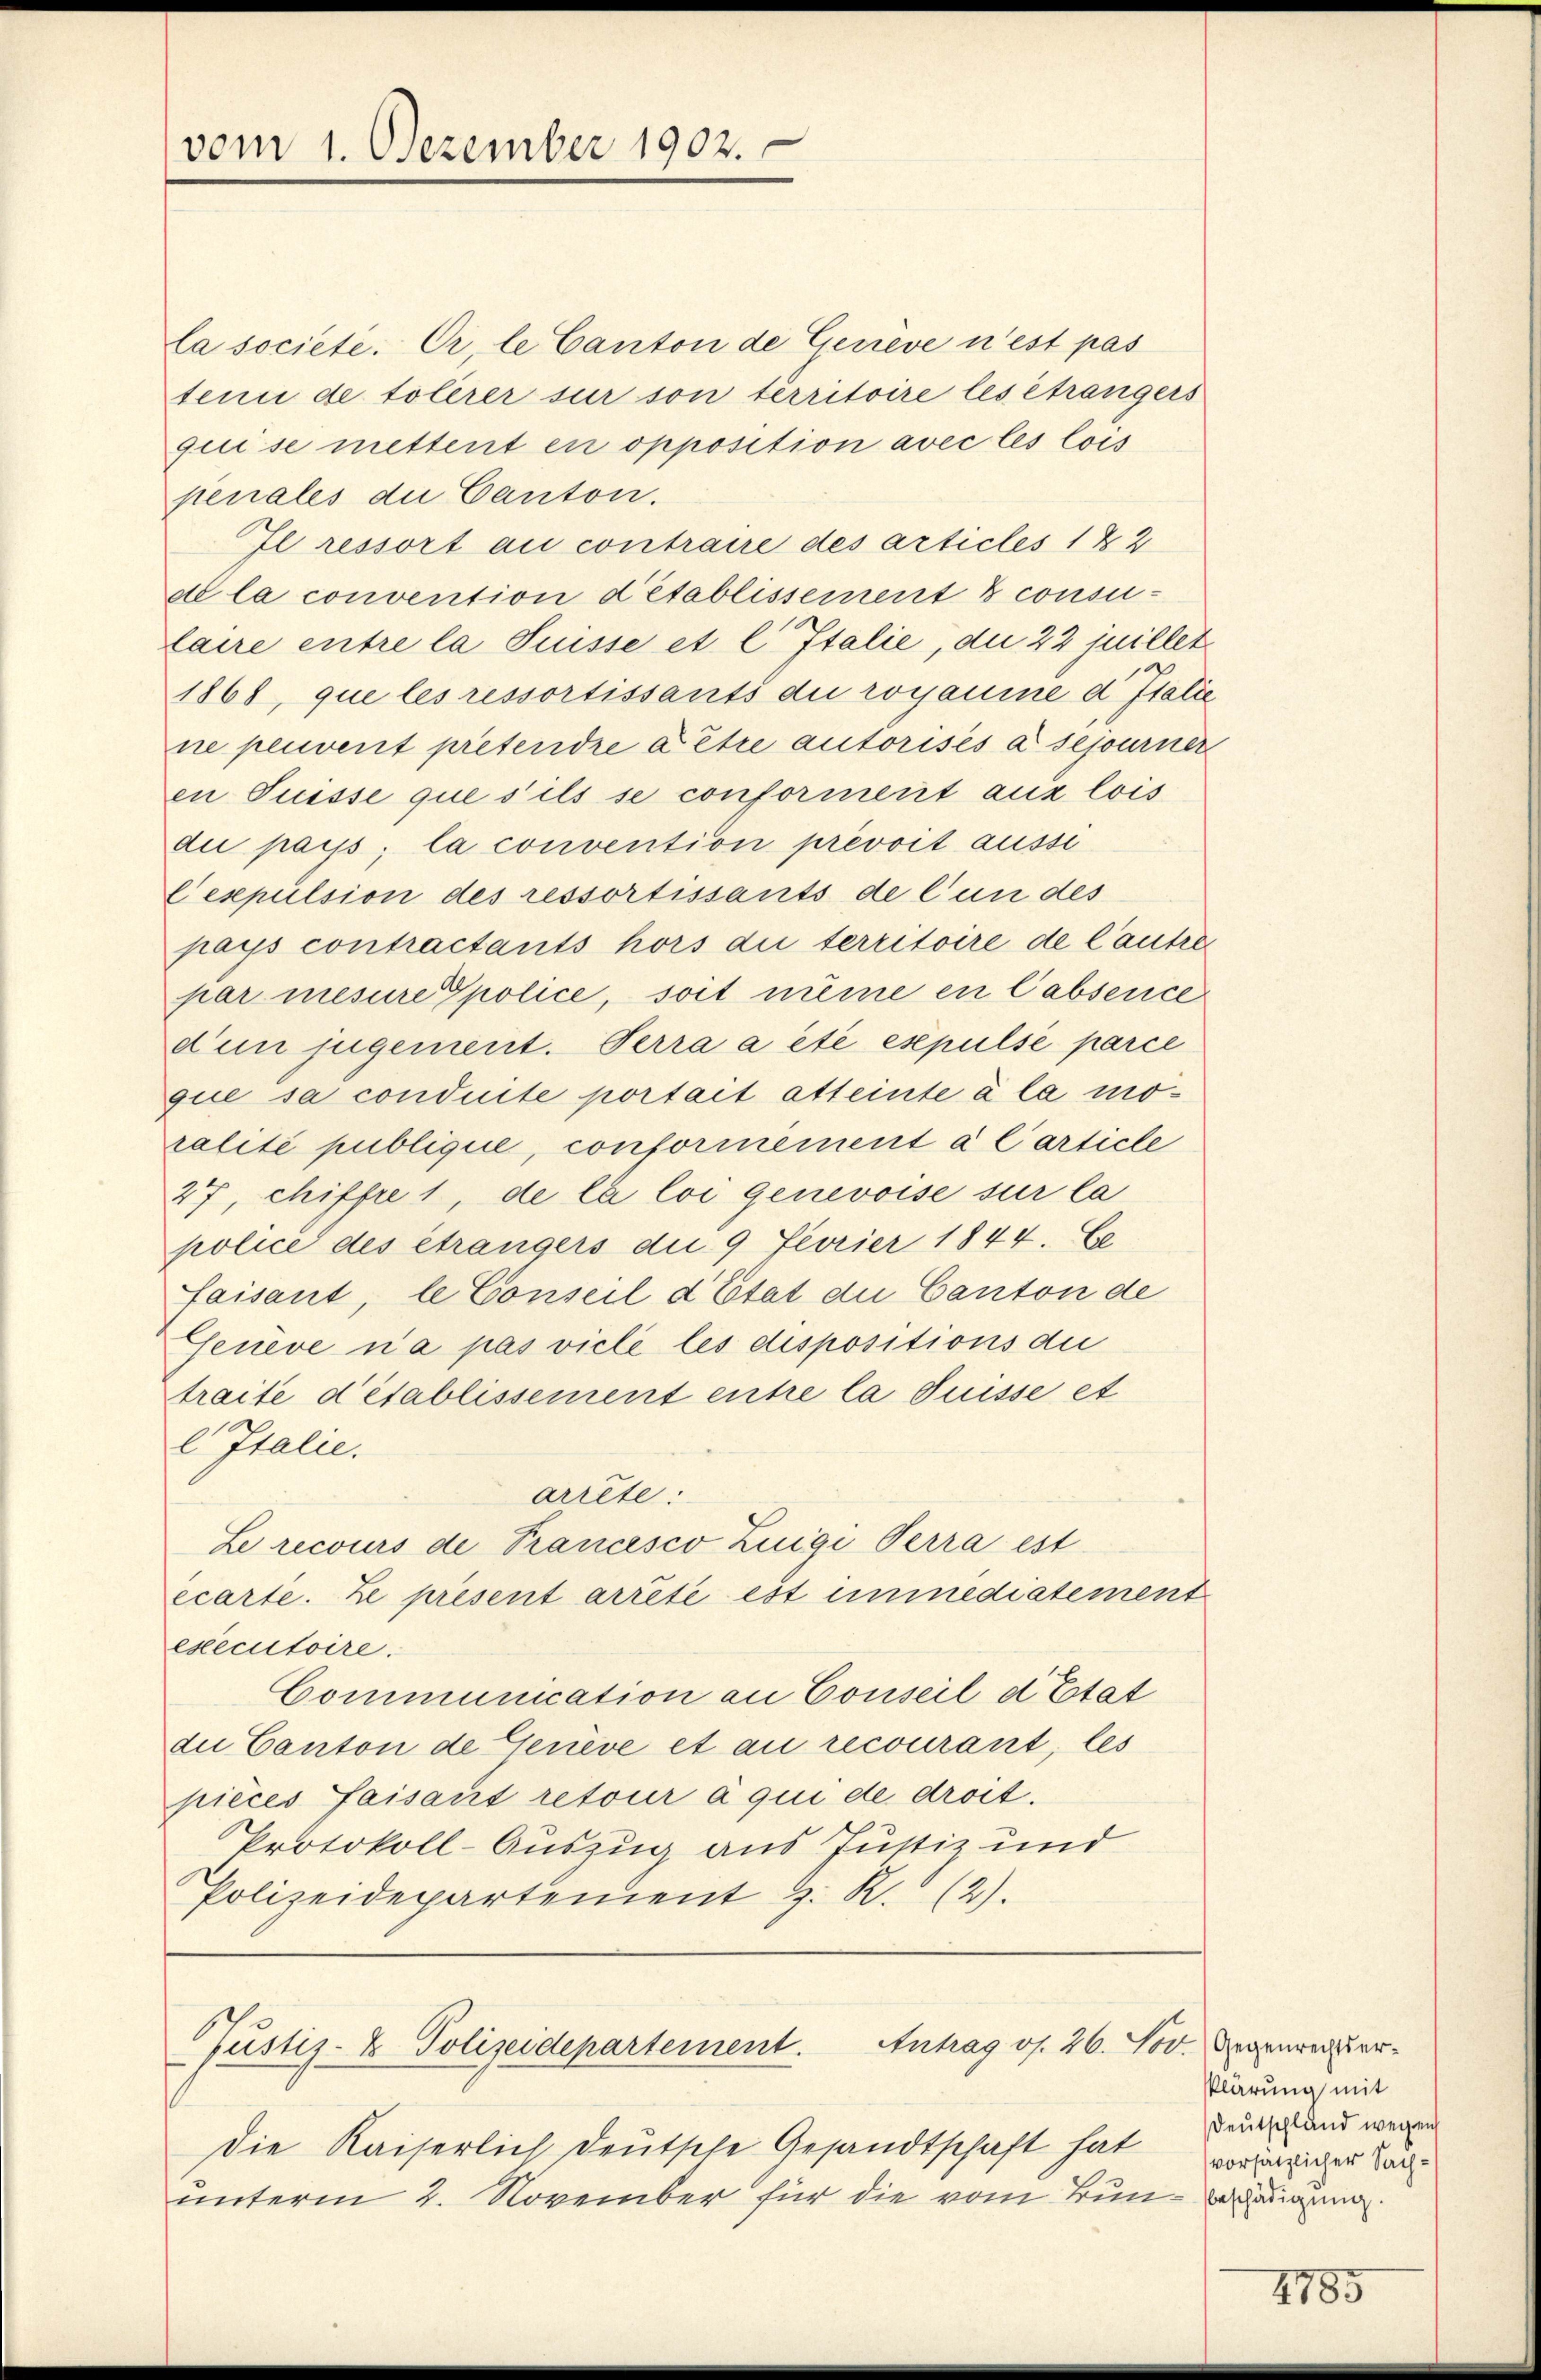
vom 1. Dezember 1902.

la societe. Er, le Canton de Geneve n’est pas
tenu de tolerer sur son territoire les étrangers
qui se mettent en opposition avec les lois
penales die Canton.
Il ressort au contraire des articles 182
de la convention detablissement consulaire entre la Suisse et l Italie, die 22 juillet
1868, que les ressortissants die rogamine d Italie
ne peuvent prétendre à être autorisés à sejourner
en Suisse que s’ils se conforment aux lois
die pays, la convention prévoit aussi
Cespulsion des ressortissants de l’un des
pays contractants hors du territoire de l’autre
par mesure Spolice, soit même en Cabsence
dum jugement. Terra a été expulse parce
que sa conduite portait atteinte à la moralité publique, conformément à l’article
27, chiffre 1, de la loi genevoise sur la
police des étrangers die 9 Fevrier 1844. Ge
faisant, le Conseil d’Etat die Canton de
Genève n’a pas viele les dispositions die
traite d’établissement entre la Suisse et
 Italie.
arrête:
Le recours de Francisco Zuigi Verra est
écarte. Le présent arrêté est immédiatement
executoire.
Communication an Conseil d’Etat
die Canton de Genève et au recourant, les
pièces faisant retour à qui de droit.
Protokoll-Auszug aus Justiz und
Polizeidepartement H. K. (2).
Justiz- & Polizeidepartement. Antrag os. 26. Nov. Gegenreger¬
Die Kaiserlich deutsche Gesandtschaft hat vor eigen Ladi
unterm 2. November für die vom Bunderung

klärung mit
Deutschland wegen

2785